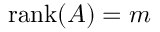
\operatorname { r a n k } ( A ) = m